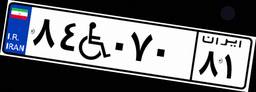
۸۴W۰۷۰۸۱